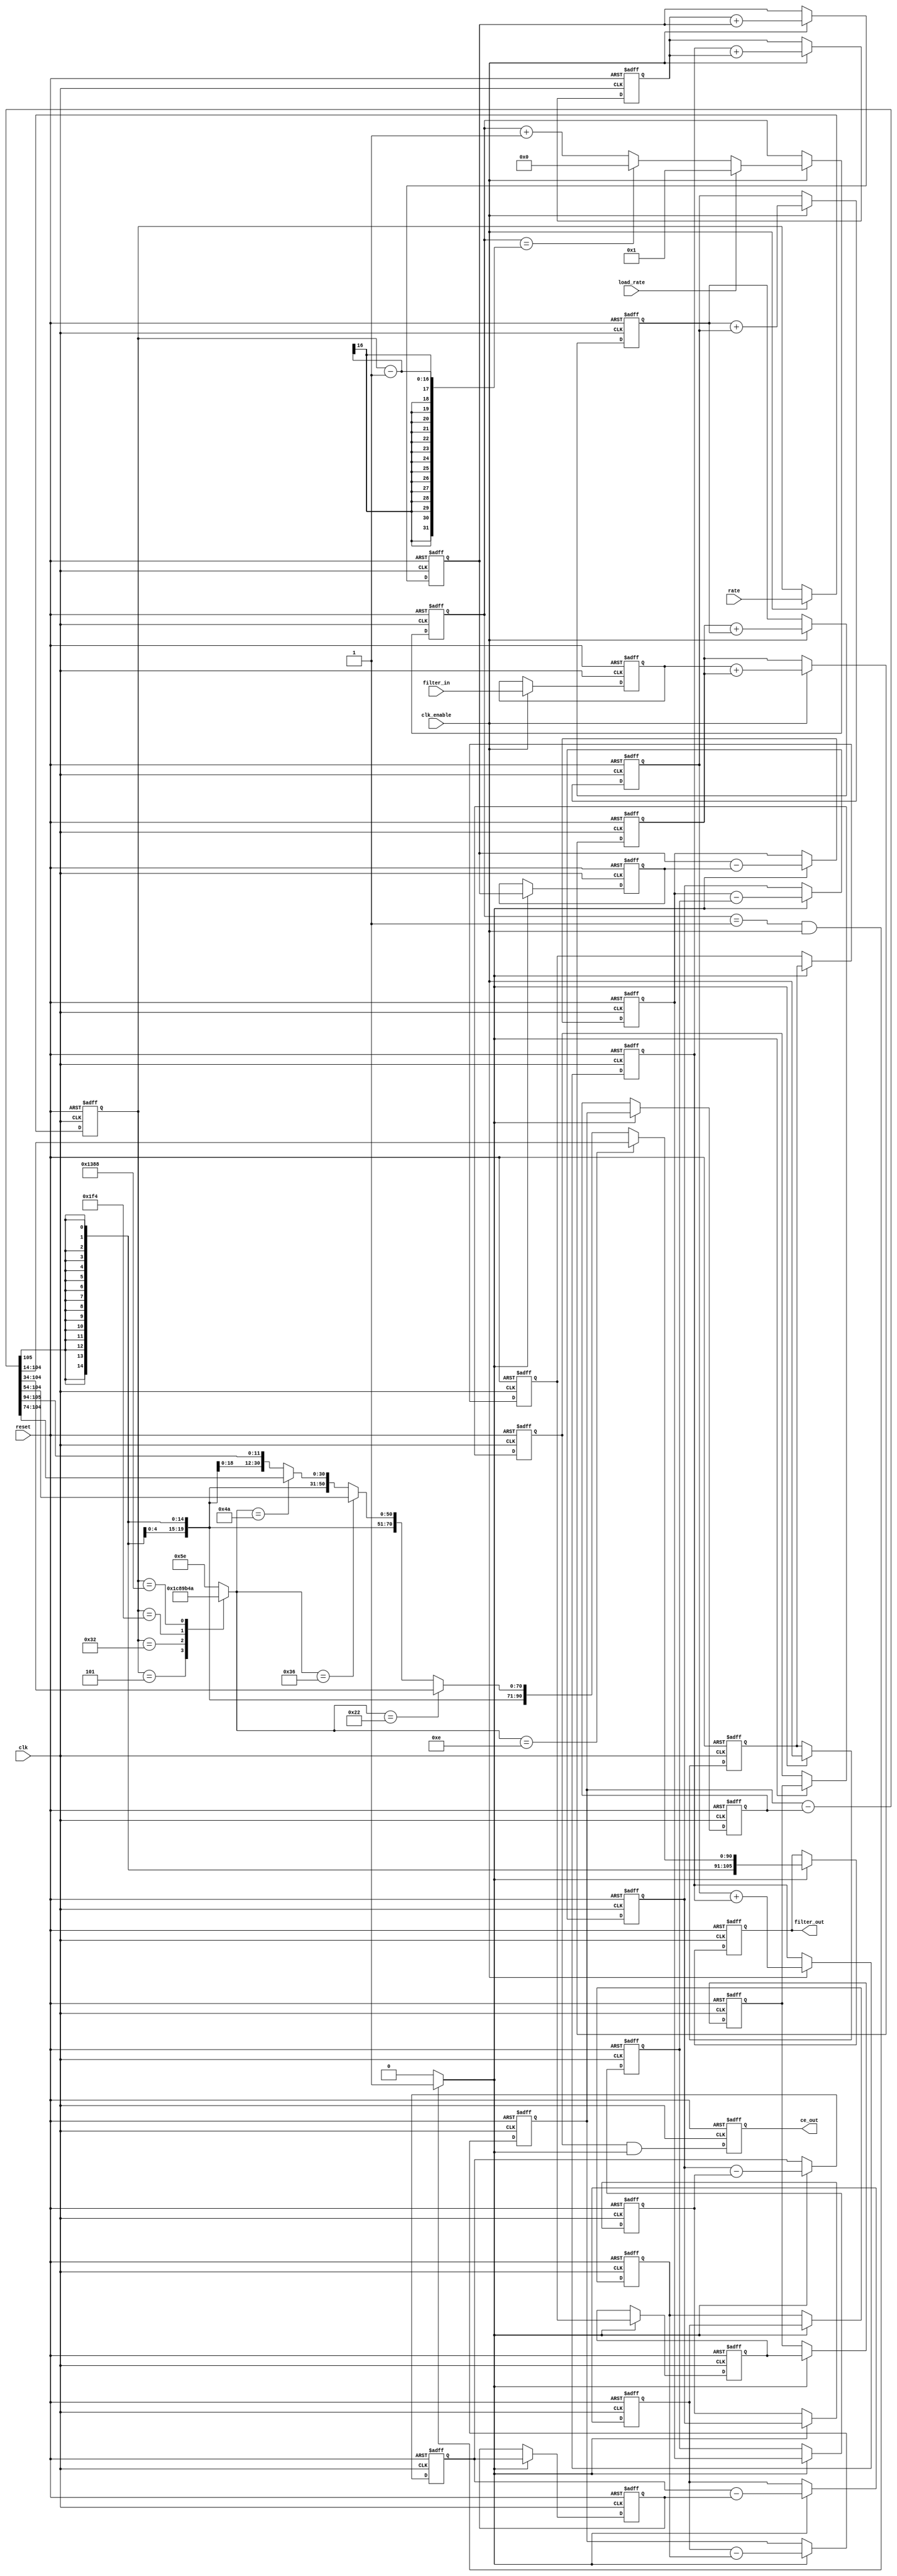
// -------------------------------------------------------------
//
// Module: cic_decim
// Generated by MATLAB(R) 9.0 and the Filter Design HDL Coder 3.0.
// Generated on: 2016-07-05 15:46:18
// -------------------------------------------------------------

// -------------------------------------------------------------
// HDL Code Generation Options:
//
// OptimizeForHDL: on
// EDAScriptGeneration: off
// AddPipelineRegisters: on
// Name: cic_decim
// AddRatePort: on
// InputDataType: numerictype(1,12,11)
// TargetLanguage: Verilog
// TestBenchName: cicdecimfilt_copy_tb
// TestBenchStimulus: step ramp chirp noise 
// GenerateHDLTestBench: off

// -------------------------------------------------------------
// HDL Implementation    : Fully parallel
// -------------------------------------------------------------
// Filter Settings:
//
// Discrete-Time FIR Multirate Filter (real)
// -----------------------------------------
// Filter Structure    : Cascaded Integrator-Comb Decimator
// Decimation Factor   : 50000
// Differential Delay  : 1
// Number of Sections  : 6
// Stable              : Yes
// Linear Phase        : No
//
// -------------------------------------------------------------

`timescale 1 ns / 1 ns

module cic_decim
               (
                clk,
                clk_enable,
                reset,
                filter_in,
                rate,
                load_rate,
                filter_out,
                ce_out
                );

  input   clk; 
  input   clk_enable; 
  input   reset; 
  input   signed [11:0] filter_in; //sfix12_En11
  input   [15:0] rate; //ufix16
  input   load_rate; 
  output  signed [105:0] filter_out; //sfix106_En11
  output  ce_out; 

////////////////////////////////////////////////////////////////
//Module Architecture: cic_decim
////////////////////////////////////////////////////////////////
  // Local Functions
  // Type Definitions
  // Constants
  // Signals
  reg  [15:0] rate_register; // ufix16
  reg  [15:0] cur_count; // ufix16
  wire phase_1; // boolean
  wire ce_delayline; // boolean
  reg  int_delay_pipe [0:4] ; // boolean
  wire ce_gated; // boolean
  reg  ce_out_reg; // boolean
  //   
  reg  signed [11:0] input_register; // sfix12_En11
  //   -- Section 1 Signals 
  wire signed [11:0] section_in1; // sfix12_En11
  wire signed [105:0] section_cast1; // sfix106_En11
  wire signed [105:0] sum1; // sfix106_En11
  reg  signed [105:0] section_out1; // sfix106_En11
  wire signed [105:0] add_cast; // sfix106_En11
  wire signed [105:0] add_cast_1; // sfix106_En11
  wire signed [106:0] add_temp; // sfix107_En11
  //   -- Section 2 Signals 
  wire signed [105:0] section_in2; // sfix106_En11
  wire signed [105:0] sum2; // sfix106_En11
  reg  signed [105:0] section_out2; // sfix106_En11
  wire signed [105:0] add_cast_2; // sfix106_En11
  wire signed [105:0] add_cast_3; // sfix106_En11
  wire signed [106:0] add_temp_1; // sfix107_En11
  //   -- Section 3 Signals 
  wire signed [105:0] section_in3; // sfix106_En11
  wire signed [105:0] sum3; // sfix106_En11
  reg  signed [105:0] section_out3; // sfix106_En11
  wire signed [105:0] add_cast_4; // sfix106_En11
  wire signed [105:0] add_cast_5; // sfix106_En11
  wire signed [106:0] add_temp_2; // sfix107_En11
  //   -- Section 4 Signals 
  wire signed [105:0] section_in4; // sfix106_En11
  wire signed [105:0] sum4; // sfix106_En11
  reg  signed [105:0] section_out4; // sfix106_En11
  wire signed [105:0] add_cast_6; // sfix106_En11
  wire signed [105:0] add_cast_7; // sfix106_En11
  wire signed [106:0] add_temp_3; // sfix107_En11
  //   -- Section 5 Signals 
  wire signed [105:0] section_in5; // sfix106_En11
  wire signed [105:0] sum5; // sfix106_En11
  reg  signed [105:0] section_out5; // sfix106_En11
  wire signed [105:0] add_cast_8; // sfix106_En11
  wire signed [105:0] add_cast_9; // sfix106_En11
  wire signed [106:0] add_temp_4; // sfix107_En11
  //   -- Section 6 Signals 
  wire signed [105:0] section_in6; // sfix106_En11
  wire signed [105:0] sum6; // sfix106_En11
  reg  signed [105:0] section_out6; // sfix106_En11
  wire signed [105:0] add_cast_10; // sfix106_En11
  wire signed [105:0] add_cast_11; // sfix106_En11
  wire signed [106:0] add_temp_5; // sfix107_En11
  //   -- Section 7 Signals 
  wire signed [105:0] section_in7; // sfix106_En11
  reg  signed [105:0] diff1; // sfix106_En11
  wire signed [105:0] section_out7; // sfix106_En11
  wire signed [105:0] sub_cast; // sfix106_En11
  wire signed [105:0] sub_cast_1; // sfix106_En11
  wire signed [106:0] sub_temp; // sfix107_En11
  reg  signed [105:0] cic_pipeline7; // sfix106_En11
  //   -- Section 8 Signals 
  wire signed [105:0] section_in8; // sfix106_En11
  reg  signed [105:0] diff2; // sfix106_En11
  wire signed [105:0] section_out8; // sfix106_En11
  wire signed [105:0] sub_cast_2; // sfix106_En11
  wire signed [105:0] sub_cast_3; // sfix106_En11
  wire signed [106:0] sub_temp_1; // sfix107_En11
  reg  signed [105:0] cic_pipeline8; // sfix106_En11
  //   -- Section 9 Signals 
  wire signed [105:0] section_in9; // sfix106_En11
  reg  signed [105:0] diff3; // sfix106_En11
  wire signed [105:0] section_out9; // sfix106_En11
  wire signed [105:0] sub_cast_4; // sfix106_En11
  wire signed [105:0] sub_cast_5; // sfix106_En11
  wire signed [106:0] sub_temp_2; // sfix107_En11
  reg  signed [105:0] cic_pipeline9; // sfix106_En11
  //   -- Section 10 Signals 
  wire signed [105:0] section_in10; // sfix106_En11
  reg  signed [105:0] diff4; // sfix106_En11
  wire signed [105:0] section_out10; // sfix106_En11
  wire signed [105:0] sub_cast_6; // sfix106_En11
  wire signed [105:0] sub_cast_7; // sfix106_En11
  wire signed [106:0] sub_temp_3; // sfix107_En11
  reg  signed [105:0] cic_pipeline10; // sfix106_En11
  //   -- Section 11 Signals 
  wire signed [105:0] section_in11; // sfix106_En11
  reg  signed [105:0] diff5; // sfix106_En11
  wire signed [105:0] section_out11; // sfix106_En11
  wire signed [105:0] sub_cast_8; // sfix106_En11
  wire signed [105:0] sub_cast_9; // sfix106_En11
  wire signed [106:0] sub_temp_4; // sfix107_En11
  reg  signed [105:0] cic_pipeline11; // sfix106_En11
  //   -- Section 12 Signals 
  wire signed [105:0] section_in12; // sfix106_En11
  reg  signed [105:0] diff6; // sfix106_En11
  wire signed [105:0] section_out12; // sfix106_En11
  wire signed [105:0] sub_cast_10; // sfix106_En11
  wire signed [105:0] sub_cast_11; // sfix106_En11
  wire signed [106:0] sub_temp_5; // sfix107_En11
  reg  [6:0] bitgain; // ufix7
  wire signed [105:0] output_typeconvert; // sfix106_En11
  wire signed [105:0] muxinput_14; // sfix106_E3
  wire signed [105:0] muxinput_34; // sfix106_E23
  wire signed [105:0] muxinput_54; // sfix106_E43
  wire signed [105:0] muxinput_74; // sfix106_E63
  wire signed [105:0] muxinput_94; // sfix106_E83
  //   
  reg  signed [105:0] output_register; // sfix106_En11

  // Block Statements
  //   ------------------ CE Output Generation ------------------

  always @ (posedge clk or posedge reset)
    begin: ce_output
      if (reset == 1'b1) begin
        cur_count <= 16'b0000000000000000;
      end
      else begin
        if (clk_enable == 1'b1) begin
          if (load_rate ==  1'b1) begin
            cur_count <= 16'b0000000000000001;
          end
          else if (cur_count == rate_register - 1) begin
            cur_count <= 16'b0000000000000000;
          end
          else begin
            cur_count <= cur_count + 1;
          end
        end
      end
    end // ce_output

  assign  phase_1 = (cur_count == 16'b0000000000000001 && clk_enable == 1'b1)? 1 : 0;

  always @ (posedge clk or posedge reset)
    begin: ce_delay
      if (reset == 1'b1) begin
        int_delay_pipe[0] <= 1'b0;
        int_delay_pipe[1] <= 1'b0;
        int_delay_pipe[2] <= 1'b0;
        int_delay_pipe[3] <= 1'b0;
        int_delay_pipe[4] <= 1'b0;
      end
      else begin
        if (phase_1 == 1'b1) begin
          int_delay_pipe[1] <= int_delay_pipe[0];
          int_delay_pipe[2] <= int_delay_pipe[1];
          int_delay_pipe[3] <= int_delay_pipe[2];
          int_delay_pipe[4] <= int_delay_pipe[3];
          int_delay_pipe[0] <= clk_enable;
        end
      end
    end // ce_delay
  assign ce_delayline = int_delay_pipe[4];

  assign ce_gated =  ce_delayline & phase_1;

  //   ------------------ CE Output Register ------------------

  always @ (posedge clk or posedge reset)
    begin: ce_output_register
      if (reset == 1'b1) begin
        ce_out_reg <= 1'b0;
      end
      else begin
          ce_out_reg <= ce_gated;
      end
    end // ce_output_register

  //   ------------------ Input Register ------------------

  always @ (posedge clk or posedge reset)
    begin: input_reg_process
      if (reset == 1'b1) begin
        input_register <= 0;
        rate_register <= 0;
      end
      else begin
        if (clk_enable == 1'b1) begin
          input_register <= filter_in;
          rate_register <= rate;
        end
      end
    end // input_reg_process

  //   ------------------ Section # 1 : Integrator ------------------

  assign section_in1 = input_register;

  assign section_cast1 = $signed({{94{section_in1[11]}}, section_in1});

  assign add_cast = section_cast1;
  assign add_cast_1 = section_out1;
  assign add_temp = add_cast + add_cast_1;
  assign sum1 = add_temp[105:0];

  always @ (posedge clk or posedge reset)
    begin: integrator_delay_section1
      if (reset == 1'b1) begin
        section_out1 <= 0;
      end
      else begin
        if (clk_enable == 1'b1) begin
          section_out1 <= sum1;
        end
      end
    end // integrator_delay_section1

  //   ------------------ Section # 2 : Integrator ------------------

  assign section_in2 = section_out1;

  assign add_cast_2 = section_in2;
  assign add_cast_3 = section_out2;
  assign add_temp_1 = add_cast_2 + add_cast_3;
  assign sum2 = add_temp_1[105:0];

  always @ (posedge clk or posedge reset)
    begin: integrator_delay_section2
      if (reset == 1'b1) begin
        section_out2 <= 0;
      end
      else begin
        if (clk_enable == 1'b1) begin
          section_out2 <= sum2;
        end
      end
    end // integrator_delay_section2

  //   ------------------ Section # 3 : Integrator ------------------

  assign section_in3 = section_out2;

  assign add_cast_4 = section_in3;
  assign add_cast_5 = section_out3;
  assign add_temp_2 = add_cast_4 + add_cast_5;
  assign sum3 = add_temp_2[105:0];

  always @ (posedge clk or posedge reset)
    begin: integrator_delay_section3
      if (reset == 1'b1) begin
        section_out3 <= 0;
      end
      else begin
        if (clk_enable == 1'b1) begin
          section_out3 <= sum3;
        end
      end
    end // integrator_delay_section3

  //   ------------------ Section # 4 : Integrator ------------------

  assign section_in4 = section_out3;

  assign add_cast_6 = section_in4;
  assign add_cast_7 = section_out4;
  assign add_temp_3 = add_cast_6 + add_cast_7;
  assign sum4 = add_temp_3[105:0];

  always @ (posedge clk or posedge reset)
    begin: integrator_delay_section4
      if (reset == 1'b1) begin
        section_out4 <= 0;
      end
      else begin
        if (clk_enable == 1'b1) begin
          section_out4 <= sum4;
        end
      end
    end // integrator_delay_section4

  //   ------------------ Section # 5 : Integrator ------------------

  assign section_in5 = section_out4;

  assign add_cast_8 = section_in5;
  assign add_cast_9 = section_out5;
  assign add_temp_4 = add_cast_8 + add_cast_9;
  assign sum5 = add_temp_4[105:0];

  always @ (posedge clk or posedge reset)
    begin: integrator_delay_section5
      if (reset == 1'b1) begin
        section_out5 <= 0;
      end
      else begin
        if (clk_enable == 1'b1) begin
          section_out5 <= sum5;
        end
      end
    end // integrator_delay_section5

  //   ------------------ Section # 6 : Integrator ------------------

  assign section_in6 = section_out5;

  assign add_cast_10 = section_in6;
  assign add_cast_11 = section_out6;
  assign add_temp_5 = add_cast_10 + add_cast_11;
  assign sum6 = add_temp_5[105:0];

  always @ (posedge clk or posedge reset)
    begin: integrator_delay_section6
      if (reset == 1'b1) begin
        section_out6 <= 0;
      end
      else begin
        if (clk_enable == 1'b1) begin
          section_out6 <= sum6;
        end
      end
    end // integrator_delay_section6

  //   ------------------ Section # 7 : Comb ------------------

  assign section_in7 = section_out6;

  assign sub_cast = section_in7;
  assign sub_cast_1 = diff1;
  assign sub_temp = sub_cast - sub_cast_1;
  assign section_out7 = sub_temp[105:0];

  always @ (posedge clk or posedge reset)
    begin: comb_delay_section7
      if (reset == 1'b1) begin
        diff1 <= 0;
      end
      else begin
        if (phase_1 == 1'b1) begin
          diff1 <= section_in7;
        end
      end
    end // comb_delay_section7

  always @ (posedge clk or posedge reset)
    begin: cic_pipeline_process_section7
      if (reset == 1'b1) begin
        cic_pipeline7 <= 0;
      end
      else begin
        if (phase_1 == 1'b1) begin
          cic_pipeline7 <= section_out7;
        end
      end
    end // cic_pipeline_process_section7

  //   ------------------ Section # 8 : Comb ------------------

  assign section_in8 = cic_pipeline7;

  assign sub_cast_2 = section_in8;
  assign sub_cast_3 = diff2;
  assign sub_temp_1 = sub_cast_2 - sub_cast_3;
  assign section_out8 = sub_temp_1[105:0];

  always @ (posedge clk or posedge reset)
    begin: comb_delay_section8
      if (reset == 1'b1) begin
        diff2 <= 0;
      end
      else begin
        if (phase_1 == 1'b1) begin
          diff2 <= section_in8;
        end
      end
    end // comb_delay_section8

  always @ (posedge clk or posedge reset)
    begin: cic_pipeline_process_section8
      if (reset == 1'b1) begin
        cic_pipeline8 <= 0;
      end
      else begin
        if (phase_1 == 1'b1) begin
          cic_pipeline8 <= section_out8;
        end
      end
    end // cic_pipeline_process_section8

  //   ------------------ Section # 9 : Comb ------------------

  assign section_in9 = cic_pipeline8;

  assign sub_cast_4 = section_in9;
  assign sub_cast_5 = diff3;
  assign sub_temp_2 = sub_cast_4 - sub_cast_5;
  assign section_out9 = sub_temp_2[105:0];

  always @ (posedge clk or posedge reset)
    begin: comb_delay_section9
      if (reset == 1'b1) begin
        diff3 <= 0;
      end
      else begin
        if (phase_1 == 1'b1) begin
          diff3 <= section_in9;
        end
      end
    end // comb_delay_section9

  always @ (posedge clk or posedge reset)
    begin: cic_pipeline_process_section9
      if (reset == 1'b1) begin
        cic_pipeline9 <= 0;
      end
      else begin
        if (phase_1 == 1'b1) begin
          cic_pipeline9 <= section_out9;
        end
      end
    end // cic_pipeline_process_section9

  //   ------------------ Section # 10 : Comb ------------------

  assign section_in10 = cic_pipeline9;

  assign sub_cast_6 = section_in10;
  assign sub_cast_7 = diff4;
  assign sub_temp_3 = sub_cast_6 - sub_cast_7;
  assign section_out10 = sub_temp_3[105:0];

  always @ (posedge clk or posedge reset)
    begin: comb_delay_section10
      if (reset == 1'b1) begin
        diff4 <= 0;
      end
      else begin
        if (phase_1 == 1'b1) begin
          diff4 <= section_in10;
        end
      end
    end // comb_delay_section10

  always @ (posedge clk or posedge reset)
    begin: cic_pipeline_process_section10
      if (reset == 1'b1) begin
        cic_pipeline10 <= 0;
      end
      else begin
        if (phase_1 == 1'b1) begin
          cic_pipeline10 <= section_out10;
        end
      end
    end // cic_pipeline_process_section10

  //   ------------------ Section # 11 : Comb ------------------

  assign section_in11 = cic_pipeline10;

  assign sub_cast_8 = section_in11;
  assign sub_cast_9 = diff5;
  assign sub_temp_4 = sub_cast_8 - sub_cast_9;
  assign section_out11 = sub_temp_4[105:0];

  always @ (posedge clk or posedge reset)
    begin: comb_delay_section11
      if (reset == 1'b1) begin
        diff5 <= 0;
      end
      else begin
        if (phase_1 == 1'b1) begin
          diff5 <= section_in11;
        end
      end
    end // comb_delay_section11

  always @ (posedge clk or posedge reset)
    begin: cic_pipeline_process_section11
      if (reset == 1'b1) begin
        cic_pipeline11 <= 0;
      end
      else begin
        if (phase_1 == 1'b1) begin
          cic_pipeline11 <= section_out11;
        end
      end
    end // cic_pipeline_process_section11

  //   ------------------ Section # 12 : Comb ------------------

  assign section_in12 = cic_pipeline11;

  assign sub_cast_10 = section_in12;
  assign sub_cast_11 = diff6;
  assign sub_temp_5 = sub_cast_10 - sub_cast_11;
  assign section_out12 = sub_temp_5[105:0];

  always @ (posedge clk or posedge reset)
    begin: comb_delay_section12
      if (reset == 1'b1) begin
        diff6 <= 0;
      end
      else begin
        if (phase_1 == 1'b1) begin
          diff6 <= section_in12;
        end
      end
    end // comb_delay_section12

  always @(rate_register)
  begin
    case(rate_register)
      16'b0000000000000101 : bitgain = 7'b0001110;
      16'b0000000000110010 : bitgain = 7'b0100010;
      16'b0000000111110100 : bitgain = 7'b0110110;
      16'b0001001110001000 : bitgain = 7'b1001010;
      default : bitgain = 7'b1011110;
    endcase
  end

  assign muxinput_14 = $signed({{14{section_out12[105]}}, section_out12[105:14]});

  assign muxinput_34 = $signed({{34{section_out12[105]}}, section_out12[105:34]});

  assign muxinput_54 = $signed({{54{section_out12[105]}}, section_out12[105:54]});

  assign muxinput_74 = $signed({{74{section_out12[105]}}, section_out12[105:74]});

  assign muxinput_94 = $signed({{94{section_out12[105]}}, section_out12[105:94]});

  assign output_typeconvert = (bitgain == 7'b0001110) ? muxinput_14 :
                             (bitgain == 7'b0100010) ? muxinput_34 :
                             (bitgain == 7'b0110110) ? muxinput_54 :
                             (bitgain == 7'b1001010) ? muxinput_74 :
                             muxinput_94;
  //   ------------------ Output Register ------------------

  always @ (posedge clk or posedge reset)
    begin: output_reg_process
      if (reset == 1'b1) begin
        output_register <= 0;
      end
      else begin
        if (phase_1 == 1'b1) begin
          output_register <= output_typeconvert;
        end
      end
    end // output_reg_process

  // Assignment Statements
  assign ce_out = ce_out_reg;
  assign filter_out = output_register;
endmodule  // cic_decim